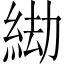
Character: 𦀖